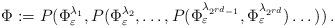
LaTeX: \begin{align*} \Phi := P(\Phi_\varepsilon^{\lambda_1}, P(\Phi_\varepsilon^{\lambda_2}, \dots, P(\Phi_\varepsilon^{\lambda_{2^{rd} - 1}}, \Phi_{\varepsilon}^{\lambda_{2^{rd}}}) \dots) ) \, .\end{align*}